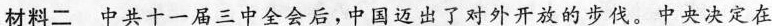
材料二 中共十一届三中全会后，中国迈出了对外开放的步伐。中央决定在